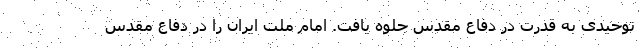
توحیدی به قدرت در دفاع مقدس جلوه یافت. امام ملت ایران را در دفاع مقدس